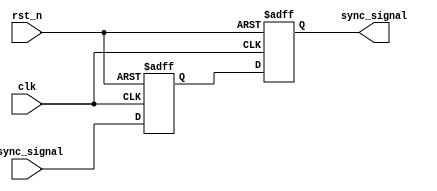
module metastability_filter (
    input wire clk,              // Clock signal
    input wire async_signal,     // Asynchronous input signal
    input wire rst_n,            // Active low asynchronous reset
    output reg sync_signal        // Synchronized output signal
);

    // Internal signals for the dual flip-flop structure
    reg ff1_out;                 // Output of the first flip-flop

    // First flip-flop (FF1)
    always @(posedge clk or negedge rst_n) begin
        if (!rst_n) begin
            ff1_out <= 1'b0;     // Initialize FF1 to 0 on reset
        end else begin
            ff1_out <= async_signal; // Sample the asynchronous signal
        end
    end

    // Second flip-flop (FF2)
    always @(posedge clk or negedge rst_n) begin
        if (!rst_n) begin
            sync_signal <= 1'b0;  // Initialize FF2 to 0 on reset
        end else begin
            sync_signal <= ff1_out; // Sample the output of FF1
        end
    end

endmodule